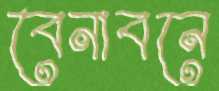
বেনাবনে